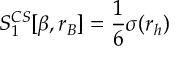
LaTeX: S _ { 1 } ^ { C S } [ \beta , r _ { B } ] = \frac 1 6 \sigma ( r _ { h } ) ~ ~ ~